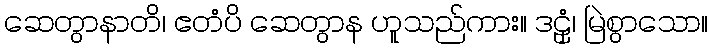
ဆေတွာနာတိ၊ ဧတံပိ ဆေတွာန ဟူသည်ကား။ ဒဠှံ၊ မြဲစွာသော။